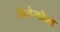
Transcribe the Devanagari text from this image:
मैनेगोल्ड